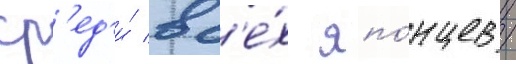
ср'ед'и́ вс'е́х япо́нцев /